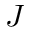
J